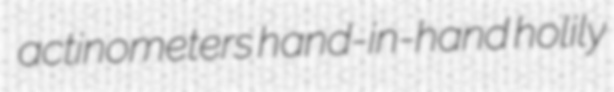
actinometers hand-in-hand holily